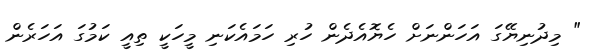
" މިދުނިޔޭގަ އަހަންނަށް ހެޔޮއެދެން ހުރި ހަމައެކަނި މީހަކީ ތިއީ ކަމުގަ އަހަރެން